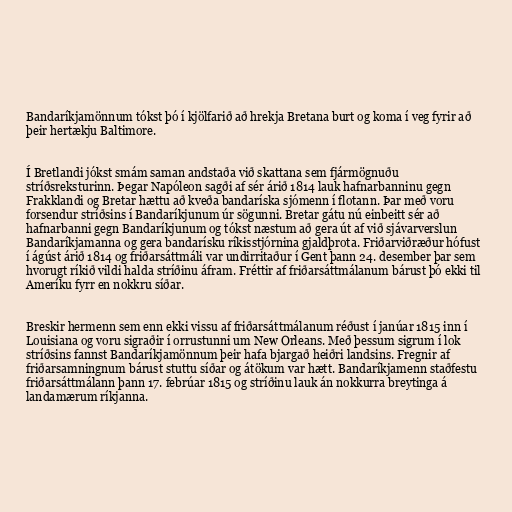
Bandaríkjamönnum tókst þó í kjölfarið að hrekja Bretana burt og koma í veg fyrir að
þeir hertækju Baltimore.

Í Bretlandi jókst smám saman andstaða við skattana sem fjármögnuðu
stríðsreksturinn. Þegar Napóleon sagði af sér árið 1814 lauk hafnarbanninu gegn
Frakklandi og Bretar hættu að kveða bandaríska sjómenn í flotann. Þar með voru
forsendur stríðsins í Bandaríkjunum úr sögunni. Bretar gátu nú einbeitt sér að
hafnarbanni gegn Bandaríkjunum og tókst næstum að gera út af við sjávarverslun
Bandaríkjamanna og gera bandarísku ríkisstjórnina gjaldþrota. Friðarviðræður hófust
í ágúst árið 1814 og friðarsáttmáli var undirritaður í Gent þann 24. desember þar sem
hvorugt ríkið vildi halda stríðinu áfram. Fréttir af friðarsáttmálanum bárust þó ekki til
Ameríku fyrr en nokkru síðar.

Breskir hermenn sem enn ekki vissu af friðarsáttmálanum réðust í janúar 1815 inn í
Louisiana og voru sigraðir í orrustunni um New Orleans. Með þessum sigrum í lok
stríðsins fannst Bandaríkjamönnum þeir hafa bjargað heiðri landsins. Fregnir af
friðarsamningnum bárust stuttu síðar og átökum var hætt. Bandaríkjamenn staðfestu
friðarsáttmálann þann 17. febrúar 1815 og stríðinu lauk án nokkurra breytinga á
landamærum ríkjanna.